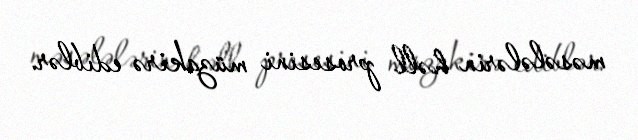
məsələlərin həll prosesini müzakirə ediblər.